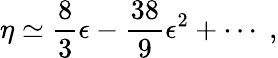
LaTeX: \eta\simeq\frac{8}{3}\epsilon-\frac{38}{9}\epsilon^{2}+\cdots\; ,